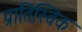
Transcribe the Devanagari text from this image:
प्रातिस्विक